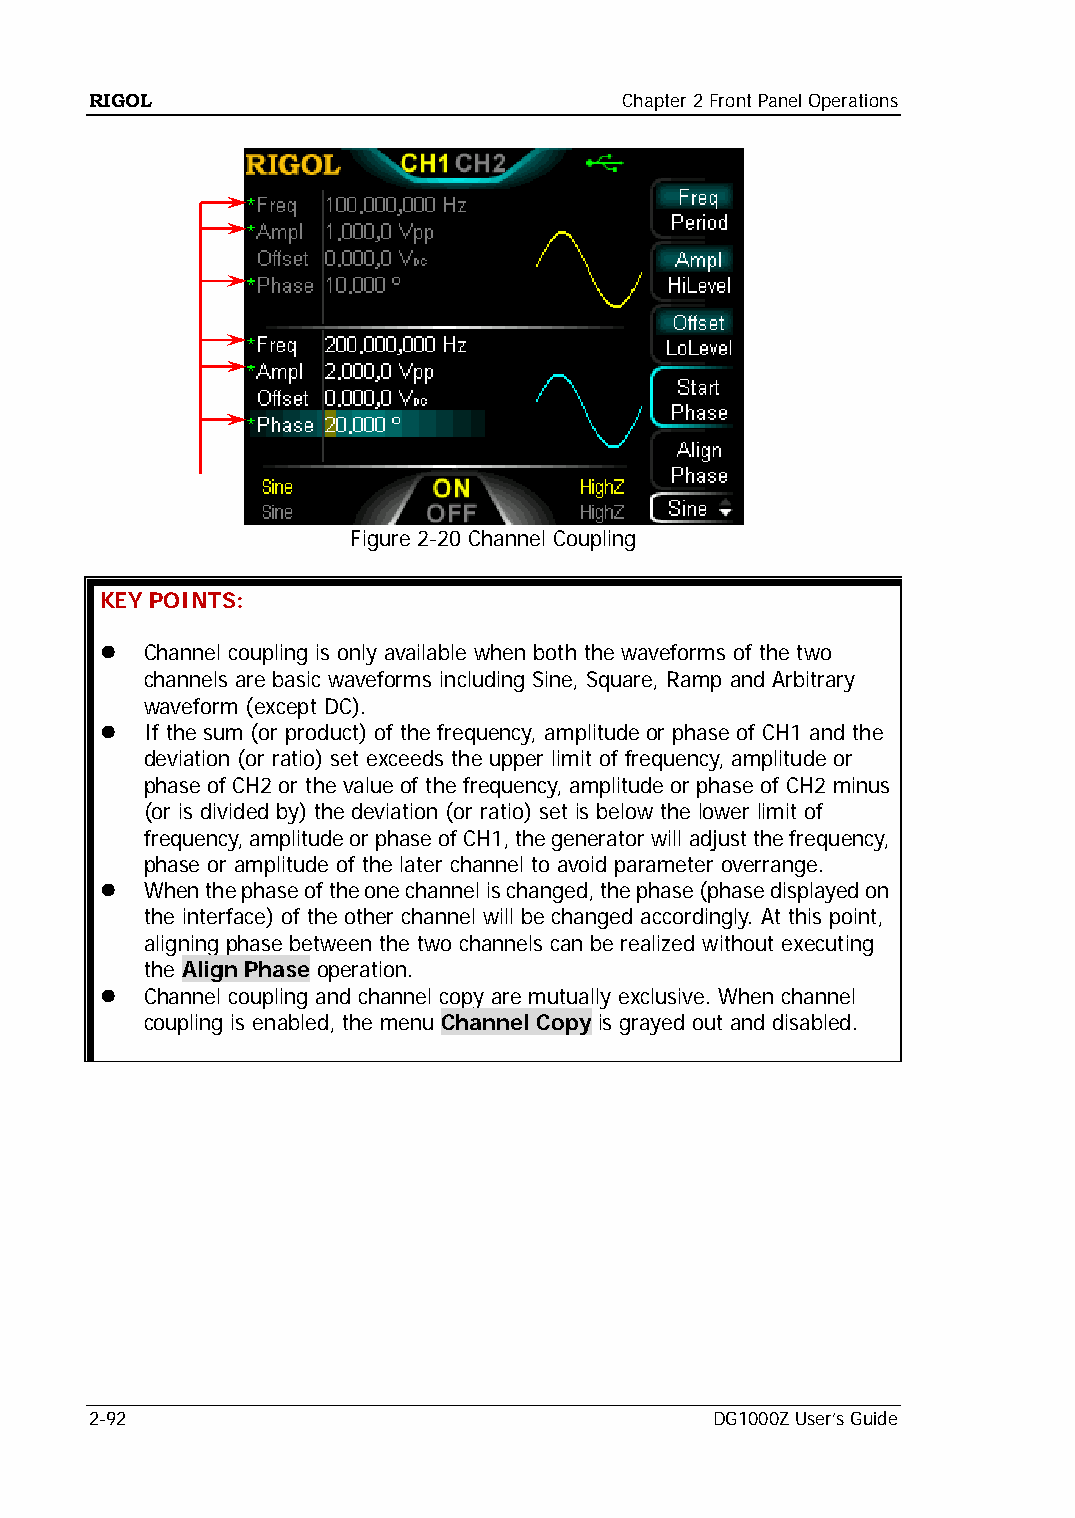
RIGOL                              Chapter 2 Front Panel Operations
 Figure 2-20 Channel Coupling
 KEY POINTS:
   Channel coupling is only available when both the waveforms of the two
 channels are basic waveforms including Sine, Square, Ramp and Arbitrary
 waveform (except DC).
   If the sum (or product) of the frequency, amplitude or phase of CH1 and the
 deviation (or ratio) set exceeds the upper limit of frequency, amplitude or
 phase of CH2 or the value of the frequency, amplitude or phase of CH2 minus
 (or is divided by) the deviation (or ratio) set is below the lower limit of
 frequency, amplitude or phase of CH1, the generator will adjust the frequency,
 phase or amplitude of the later channel to avoid parameter overrange.
   When the phase of the one channel is changed, the phase (phase displayed on
 the interface) of the other channel will be changed accordingly. At this point,
 aligning phase between the two channels can be realized without executing
 the Align Phase operation.
   Channel coupling and channel copy are mutually exclusive. When channel
 coupling is enabled, the menu Channel Copy is grayed out and disabled.
 2-92                                     DG1000Z User’s Guide